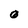
Character: 0